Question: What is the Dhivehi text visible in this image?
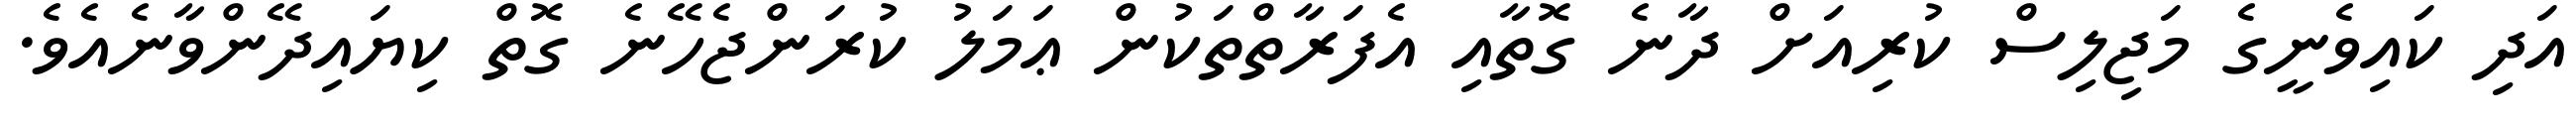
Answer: އަދި ކައިވެނީގެ މަޖިލިސް ކުރިއަށް ދާނެ ގޮތާއި އެފަރާތްތަކުން ޢަމަލު ކުރަންޖެހޭނެ ގޮތް ކިޔައިދޭންވާނެއެވެ.